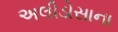
અલીડોસાના